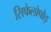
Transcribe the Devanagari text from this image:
सिफेलोपोड़